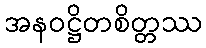
အနဝဋ္ဌိတစိတ္တဿ